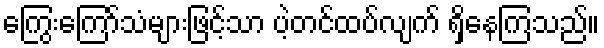
ကြွေးကြော်သံများဖြင့်သာ ပဲ့တင်ထပ်လျက် ရှိနေကြသည်။